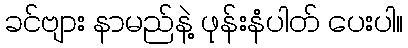
ခင်ဗျား နာမည်နဲ့ ဖုန်းနံပါတ် ပေးပါ။